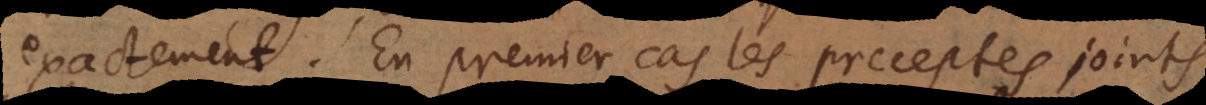
exactement. En premier cas les preceptes joints